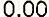
0.00